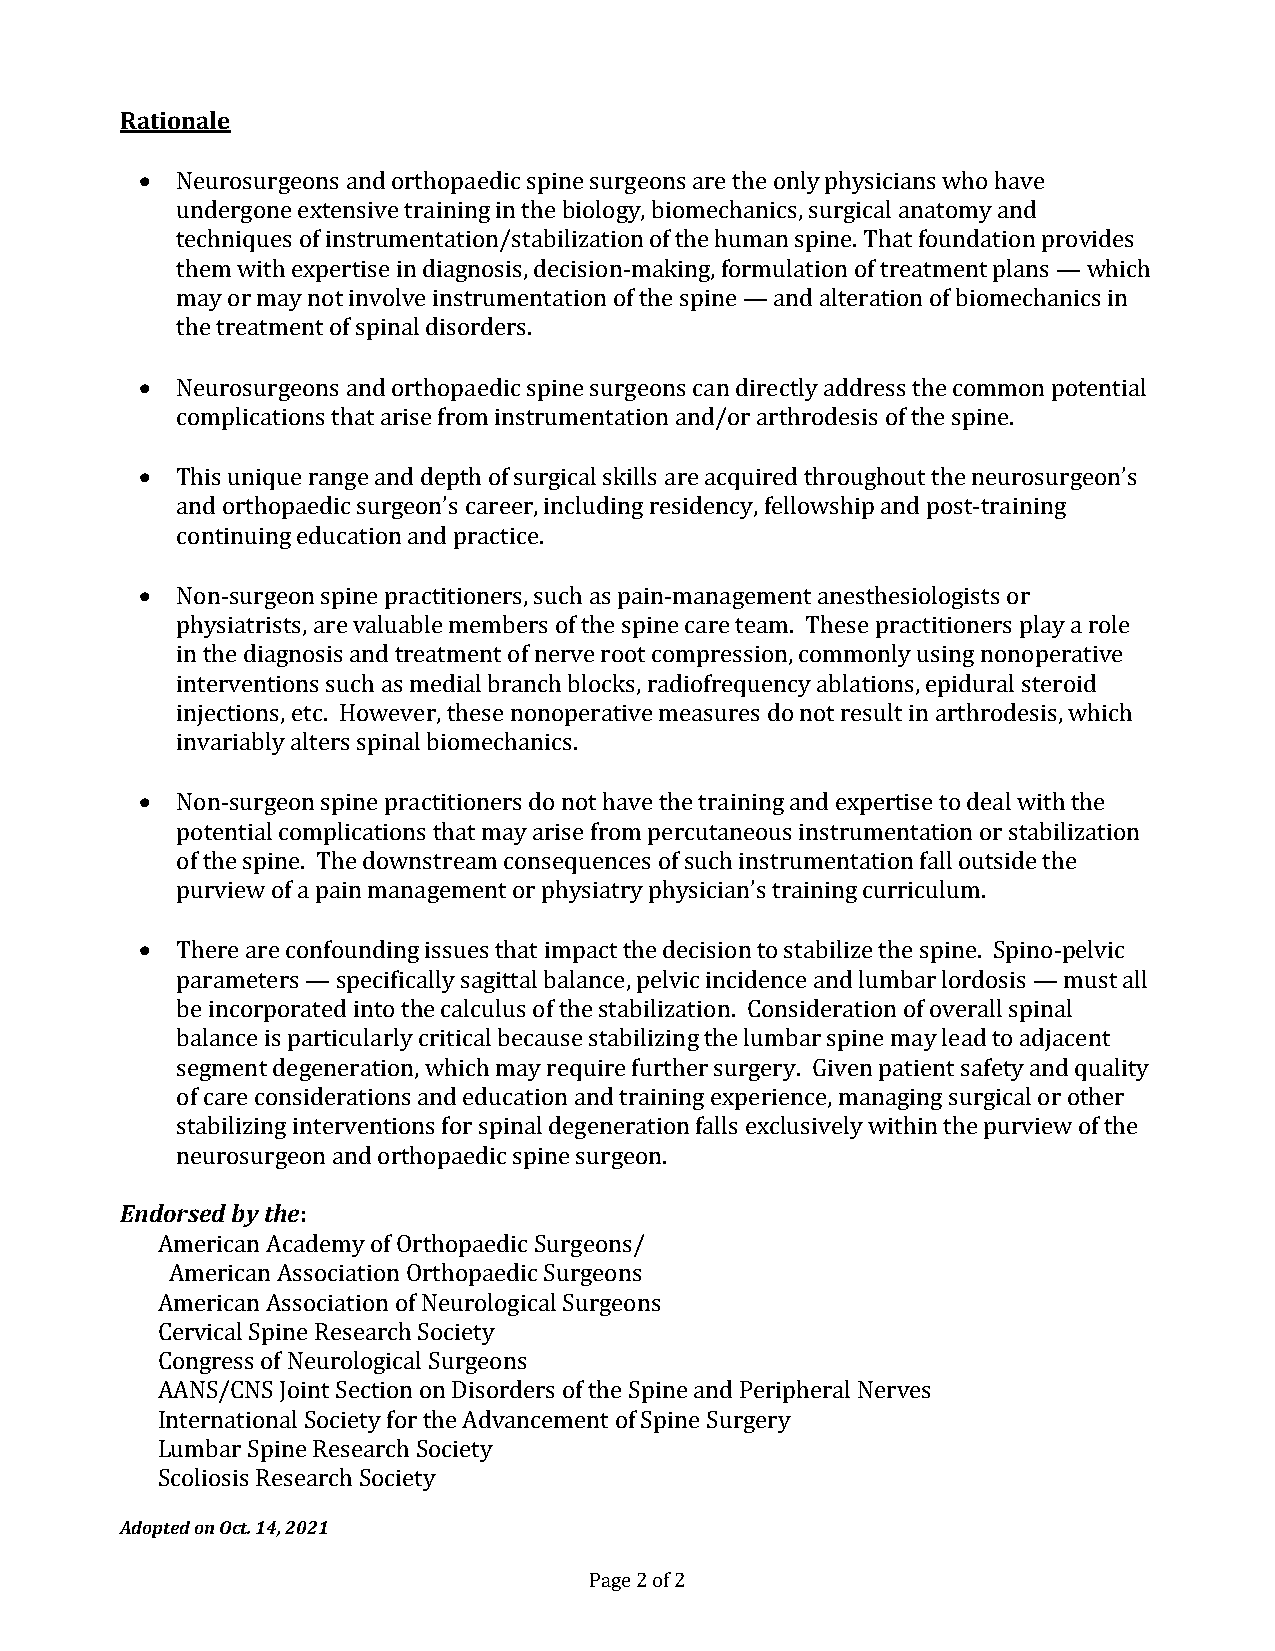
Rationale
   Neurosurgeons and orthopaedic spine surgeons are the only physicians who have
 undergone extensive training in the biology, biomechanics, surgical anatomy and
 techniques of instrumentation/stabilization of the human spine. That foundation provides
 them with expertise in diagnosis, decision-making, formulation of treatment plans — which
 may or may not involve instrumentation of the spine — and alteration of biomechanics in
 the treatment of spinal disorders.
   Neurosurgeons and orthopaedic spine surgeons can directly address the common potential
 complications that arise from instrumentation and/or arthrodesis of the spine.
   This unique range and depth of surgical skills are acquired throughout the neurosurgeon’s
 and orthopaedic surgeon’s career, including residency, fellowship and post-training
 continuing education and practice.
   Non-surgeon spine practitioners, such as pain-management anesthesiologists or
 physiatrists, are valuable members of the spine care team. These practitioners play a role
 in the diagnosis and treatment of nerve root compression, commonly using nonoperative
 interventions such as medial branch blocks, radiofrequency ablations, epidural steroid
 injections, etc. However, these nonoperative measures do not result in arthrodesis, which
 invariably alters spinal biomechanics.
   Non-surgeon spine practitioners do not have the training and expertise to deal with the
 potential complications that may arise from percutaneous instrumentation or stabilization
 of the spine. The downstream consequences of such instrumentation fall outside the
 purview of a pain management or physiatry physician’s training curriculum.
   There are confounding issues that impact the decision to stabilize the spine. Spino-pelvic
 parameters — specifically sagittal balance, pelvic incidence and lumbar lordosis — must all
 be incorporated into the calculus of the stabilization. Consideration of overall spinal
 balance is particularly critical because stabilizing the lumbar spine may lead to adjacent
 segment degeneration, which may require further surgery. Given patient safety and quality
 of care considerations and education and training experience, managing surgical or other
 stabilizing interventions for spinal degeneration falls exclusively within the purview of the
 neurosurgeon and orthopaedic spine surgeon.
 Endorsed by the:
 American Academy of Orthopaedic Surgeons/
 American Association Orthopaedic Surgeons
 American Association of Neurological Surgeons
 Cervical Spine Research Society
 Congress of Neurological Surgeons
 AANS/CNS Joint Section on Disorders of the Spine and Peripheral Nerves
 International Society for the Advancement of Spine Surgery
 Lumbar Spine Research Society
 Scoliosis Research Society
 Adopted on Oct. 14, 2021
 Page 2 of 2